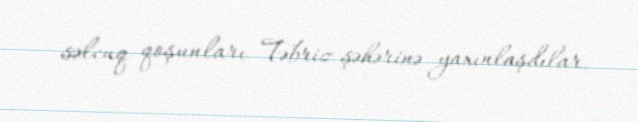
səlcuq qoşunları Təbriz şəhərinə yaxınlaşdılar.